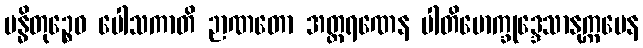
ဗန္ဓိတုဉ္စေဝ ပေါသကာတိ ဉာဏတော အတ္ထရဏေန ပါတိမောက္ခုဒ္ဒေသာနုက္ကမေန